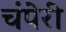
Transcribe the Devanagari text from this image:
चंपेरी